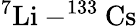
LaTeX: ^7{\mathrm{Li}}-^{133}{\mathrm{Cs}}